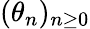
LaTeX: (\theta_{n})_{n\geq 0}